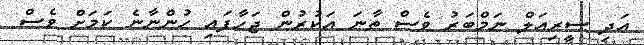
އަދި ސީރިއަލް ނަމްބަރު ވެސް ތާނަ އަކުރުން ޖަހާފައި ހުންނާނެ ކަމަށް ވެސް